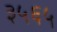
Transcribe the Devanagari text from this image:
३५६५